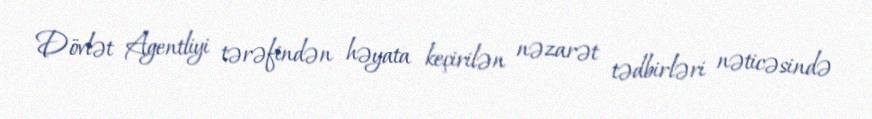
Dövlət Agentliyi tərəfindən həyata keçirilən nəzarət tədbirləri nəticəsində